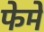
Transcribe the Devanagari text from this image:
फेमे